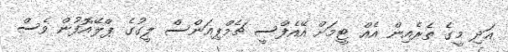
އަދި މީގެ ތެރެއިން އެއް ޓީމަށް އޭއެފްސީ ޗެމްޕިއަންސް ލީގުގެ ޕްލޭއޮފުން ވެސް